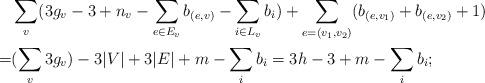
LaTeX: \begin{align*} &\sum_v (3 g_v-3+n_v-\sum_{e\in E_v} b_{(e,v)} -\sum_{i\in L_v}b_i ) +\sum_{e=(v_1,v_2)} ( b_{(e,v_1)}+ b_{(e,v_2)}+1)\\= & (\sum_v 3 g_v) - 3|V|+ 3 |E| +m -\sum_i b_i = 3h-3+m -\sum_i b_i ;\end{align*}